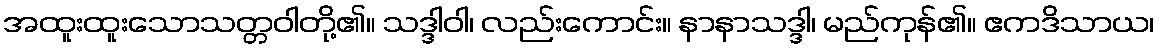
အထူးထူးသောသတ္တဝါတို့၏။ သဒ္ဒါဝါ၊ လည်းကောင်း။ နာနာသဒ္ဒါ၊ မည်ကုန်၏။ ဧကဒိသာယ၊